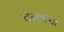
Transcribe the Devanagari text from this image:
चेन्लाचा